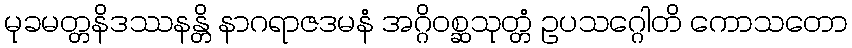
မုခမတ္တနိဒဿနန္တိ နာဂရာဇဒမနံ အဂ္ဂိဝစ္ဆသုတ္တံ ဥပသဂ္ဂေါတိ ကောသတော